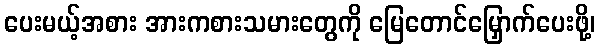
ပေးမယ့်အစား အားကစားသမားတွေကို မြေတောင်မြှောက်ပေးဖို့၊